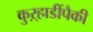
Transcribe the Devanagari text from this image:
कुऱ्हाडींपैकी